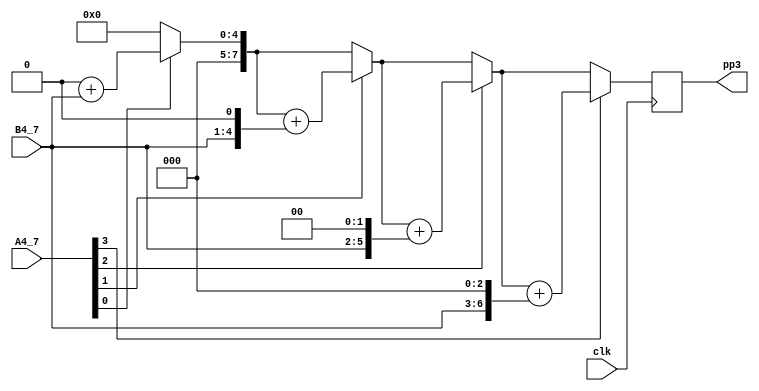
module multi_4_4_pp3(
input clk,
//input clr,
input [3:0] A4_7,
input [3:0] B4_7,
output reg [7:0] pp3
);

reg [7:0] pv;
reg [7:0] bp;  
integer i;

always @(posedge clk)// or posedge clr)
	begin
		pv = 8'b00000000;
		bp = {4'b0000,B4_7};
		for (i = 0; i<=3; i=i+1)
			begin
				if (A4_7[i] == 1)
				pv = pv+bp;
				bp={bp[6:0], 1'b0};
			end
		pp3=pv;
	end
	

endmodule